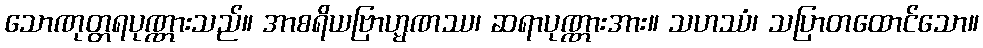
သောဏုတ္တရပုဏ္ဏားသည်။ အာစရိယဗြာဟ္မဏဿ၊ ဆရာပုဏ္ဏားအား။ သဟဿံ၊ သပြာတထောင်သော။